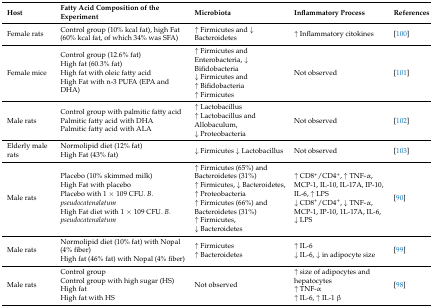
| Host | Fatty Acid Composition of the Experiment | Microbiota | Inflammatory Process | References |
 | --- | --- | --- | --- | --- |
 | Female rats | Control group (10% kcal fat), high Fat (60% kcal fat, of which 34% was SFA) | ↑ Firmicutes and ↓ Bacteroidetes | ↑ Inflammatory citokines | [100] |
 | Female mice | Control group (12.6% fat)High fat (60.3% fat)High fat with oleic fatty acidHigh Fat with n-3 PUFA (EPA and DHA) | ↑ Firmicutes and Enterobacteria, ↓ Bifidobacteria↓ Firmicutes and ↑ Bifidobacteria↑ Firmicutes | Not observed | [101] |
 | Male rats | Control group with palmitic fatty acidPalmitic fatty acid with DHAPalmitic fatty acid with ALA | ↑ Lactobacillus↑ Lactobacillus and Allobaculum, ↓ Proteobacteria | Not observed | [102] |
 | Elderly male rats | Normolipid diet (12% fat)High Fat (43% fat) | ↓ Firmicutes ↓ Lactobacillus | Not observed | [103] |
 | Male rats | Placebo (10% skimmed milk)High Fat with placeboPlacebo with 1 × 109 CFU. B. pseudocatenalatumHigh Fat diet with 1 × 109 CFU. B. pseudocatenalatum | ↑ Firmicutes (65%) and Bacteroidetes (31%)↑ Firmicutes, ↓ Bacteroidetes, ↑ Proteobacteria↑ Firmicutes (66%) and Bacteroidetes (31%)↑ Firmicutes, ↓ Bacteroidetes | ↑ CD8+/CD4+, ↑ TNF-α, MCP-1, IL-10, IL-17A, IP-10, IL-6, ↑ LPS↓ CD8+/CD4+, ↓ TNF-α, MCP-1, IP-10, 1L-17A, IL-6, ↓ LPS | [90] |
 | Male rats | Normolipid diet (10% fat) with Nopal (4% fiber)High fat (46% fat) with Nopal (4% fiber) | ↑ Firmicutes↑ Bacteroidetes | ↑ IL-6↓ IL-6, ↓ in adipocyte size | [99] |
 | Male rats | Control groupControl group with high sugar (HS)High fatHigh fat with HS | Not observed | ↑ size of adipocytes and hepatocytes↑ TNF-α↑ IL-6, ↑ IL-1 β | [98] |